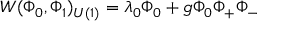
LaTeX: W ( \Phi _ { 0 } , \Phi _ { 1 } ) _ { U ( 1 ) } = \lambda _ { 0 } \Phi _ { 0 } + g \Phi _ { 0 } \Phi _ { + } \Phi _ { - }